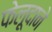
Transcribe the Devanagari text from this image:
फेलूदाने